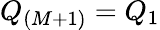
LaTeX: Q_{(M+1)}=Q_{1}